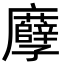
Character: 𢌎